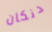
دنكان